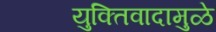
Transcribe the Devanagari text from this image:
युक्तिवादामुळे